Mental hospitals Bombay report 1929-33 - 1929-1933
Year: 1929
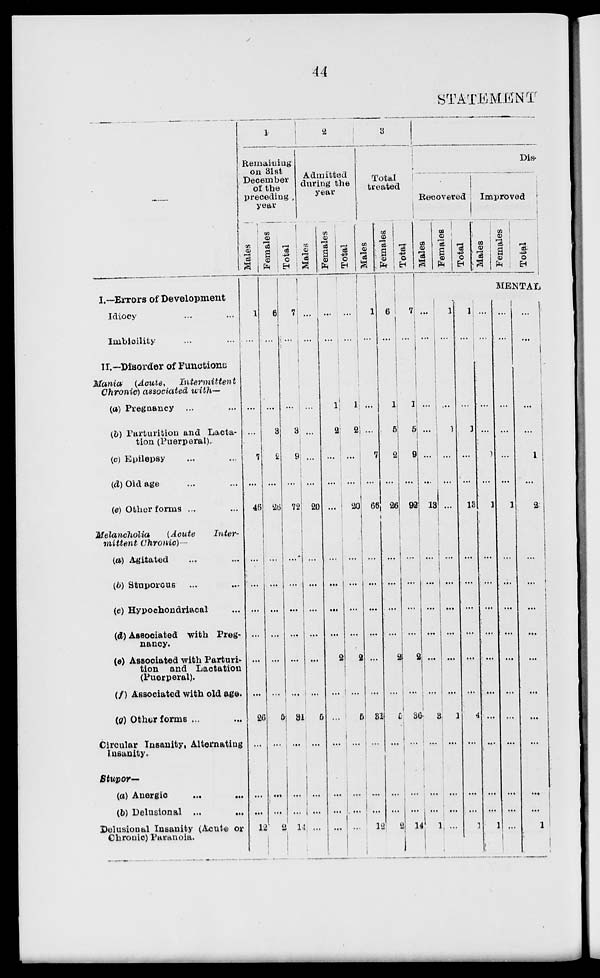
44
STATEMENT
I.—Errors of Development
Idiocy ... ...
Inibicility ... ...
II.—Disorder of Functions
Mania
(Acute,
Intermittent
Chronic) associated with—
(a) Pregnancy ... ...
(b) Parturition and Lacta-
tion (Puerperal).
(c) Epilepsy ... ...
(d) Old age ... ...
(e) Other forms ... ...
Melancholia
(Acute
Inter-
mittent
Chronic)-
(a) Agitated ... ...
(b) Stuporous ... ...
(c) Hypochondriacal ...
(d) Associated with Preg-
nancy.
(e) Associated with Parturi-
tion and Lactation
(Puerperal).
(f) Associated with old age.
(g) Other forms ... ...
Circular Insanity, Alternating
Insanity.
Stupor—
(a) Anergic ... ...
(0) Delusional ... ...
Delusional Insanity (Acute or
Chronic) Paranoia.
1
Remaining
on 31st
December
of the
preceding
year
Males
1
...
...
...
7
...
46
...
...
...
...
...
...
26
...
...
...
12
Females
6
...
...
3
2
...
26
...
...
...
...
...
...
5
...
...
...
2
Total
7
...
...
3
9
...
72
...
...
...
...
...
...
34
...
...
...
14
2
Admitted
during the
year
Males
...
...
...
...
...
...
20
...
...
...
...
...
...
5
...
...
...
...
Females
...
...
1
2
...
...
...
...
...
...
...
2
...
...
...
...
...
...
Total
...
...
1
2
...
...
20
...
...
...
...
2
...
5
...
...
....
...
3
Total
treated
Males
1
...
...
7
...
66
...
...
...
...
...
...
31
...
...
...
12
Females
6
...
1
6
2
...
26
...
...
...
...
2
...
5
...
...
...
2
Total
7
...
1
5
9
...
92
...
...
...
...
2
...
36
...
...
...
14
Dis
Recovered
Males
...
...
...
...
...
...
13
...
...
...
...
...
...
3
...
...
...
1
Females
Total
Improved
Males
Females
Total
MENTAL
1
...
...
1
...
...
...
...
...
...
...
...
...
1
...
...
...
...
1
...
...
...
...
...
13
...
...
...
...
...
...
4
...
...
...
1
...
...
...
...
1
...
1
...
...
...
...
...
...
...
...
...
...
1
...
...
...
...
...
...
1
...
...
...
...
...
...
...
...
...
...
...
...
...
...
...
1
...
2
...
...
...
...
...
...
...
...
...
...
1